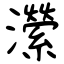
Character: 瀠